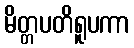
မိတ္တပတိရူပကာ